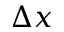
\Delta x